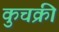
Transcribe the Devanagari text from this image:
कुचक्री